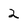
Character: 2